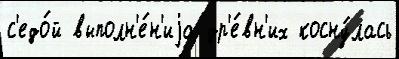
с'едо́й выполн'е́н'иjа др'е́вн'их косну́лась